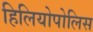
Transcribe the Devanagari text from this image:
हिलियोपोलिस